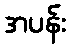
အပန်း